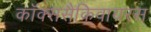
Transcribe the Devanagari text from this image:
कॉक्ससैकिवायरस